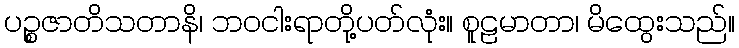
ပဉ္စဇာတိသတာနိ၊ ဘဝငါးရာတို့ပတ်လုံး။ စူဠမာတာ၊ မိထွေးသည်။